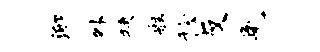
泖外狭舷稔反兔